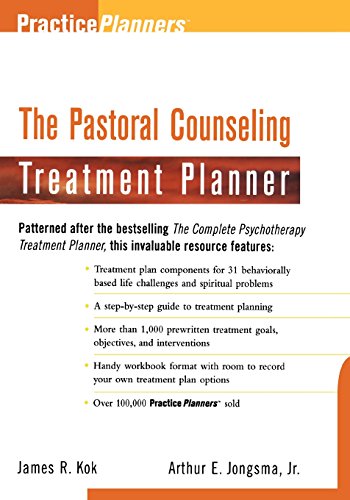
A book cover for The Pastoral Counseling Treatment Planner; James R. Kok; Christian Books & Bibles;